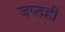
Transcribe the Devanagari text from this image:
जप्‍तही